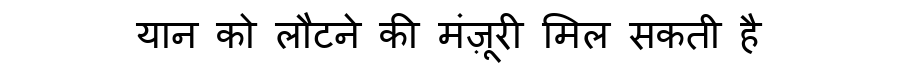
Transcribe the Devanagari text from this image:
यान को लौटने की मंज़ूरी मिल सकती है